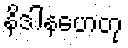
နိဒါနဟေတု